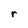
Character: r